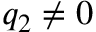
q _ { 2 } \neq 0